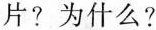
片?为什么?